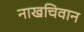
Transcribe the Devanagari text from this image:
नाखचिवान